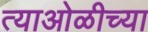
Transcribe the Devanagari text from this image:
त्याओळीच्या